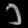
Digit: ၁